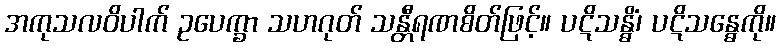
အကုသလဝိပါက် ဥပေက္ခာ သဟဂုတ် သန္တီရဏစိတ်ဖြင့်။ ပဋိသန္ဓိံ၊ ပဋိသန္ဓေကို။